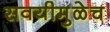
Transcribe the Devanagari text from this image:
सवयीमुळेच